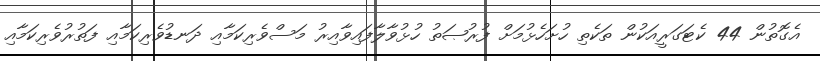
އެގޮތުން 44 ކެޓަގަރީއަކުން ތަކެތި ހުށަހެޅުމަށް ފުރުޞަތު ހުޅުވާލާފައިވާއިރު މަސްވެރިކަމާއި ދަނޑުވެރިކަމާއި ފަތުރުވެރިިކަމާއި